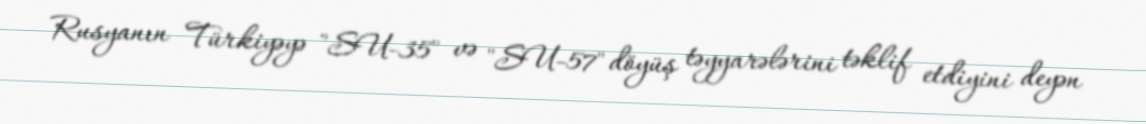
Rusyanın Türkiyəyə "SU-35" və "SU-57" döyüş təyyarələrini təklif etdiyini deyən